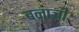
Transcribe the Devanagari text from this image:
बनाजी